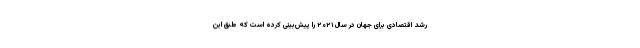
رشد اقتصادی برای جهان در سال ۲۰۲۱ را پیش‌بینی کرده است که طبق این